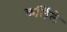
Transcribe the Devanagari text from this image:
कर्लिले